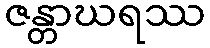
ဇန္တာဃရဿ